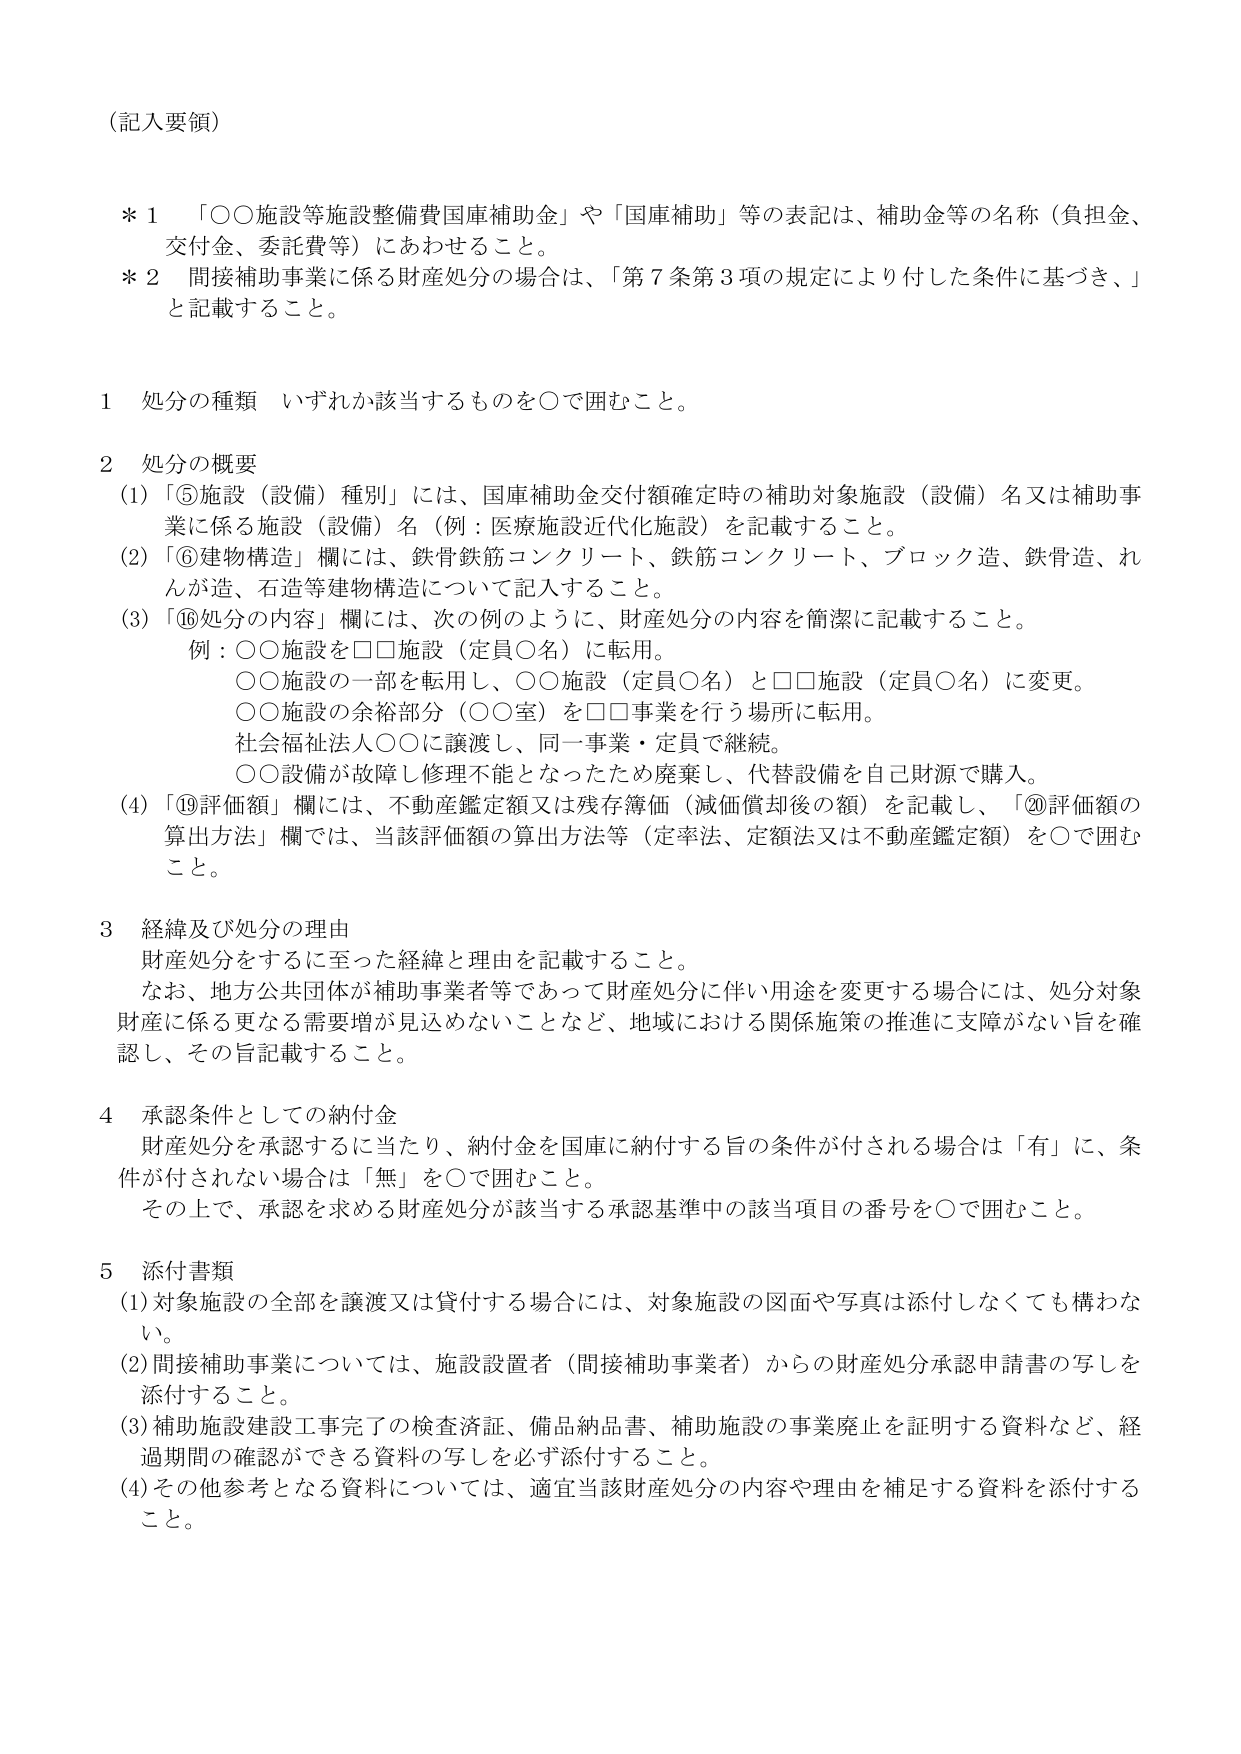
（記入要領）

＊１　「○○施設等施設整備費国庫補助金」や「国庫補助」等の表記は、補助金等の名称（負担金、交付金、委託費等）にあわせること。

＊２　間接補助事業に係る財産処分の場合は、「第７条第３項の規定により付した条件に基づき、」と記載すること。

１　処分の種類　いずれか該当するものを○で囲むこと。

２　処分の概要
　(1)「⑤施設（設備）種別」には、国庫補助金交付額確定時の補助対象施設（設備）名又は補助事業に係る施設（設備）名（例：医療施設近代化施設）を記載すること。
　(2)「⑥建物構造」欄には、鉄骨鉄筋コンクリート、鉄筋コンクリート、ブロック造、鉄骨造、れんが造、石造等建物構造について記入すること。
　(3)「⑯処分の内容」欄には、次の例のように、財産処分の内容を簡潔に記載すること。
　　　例：○○施設を□□施設（定員○名）に転用。
　　　　　○○施設の一部を転用し、○○施設（定員○名）と□□施設（定員○名）に変更。
　　　　　○○施設の余裕部分（○○室）を□□事業を行う場所に転用。
　　　　　社会福祉法人○○に譲渡し、同一事業・定員で継続。
　　　　　○○設備が故障し修理不能となったため廃棄し、代替設備を自己財源で購入。
　(4)「⑲評価額」欄には、不動産鑑定額又は残存簿価（減価償却後の額）を記載し、「⑳評価額の算出方法」欄では、当該評価額の算出方法等（定率法、定額法又は不動産鑑定額）を○で囲むこと。

３　経緯及び処分の理由
　財産処分をするに至った経緯と理由を記載すること。
　なお、地方公共団体が補助事業者等であって財産処分に伴い用途を変更する場合には、処分対象財産に係る更なる需要増が見込めないことなど、地域における関係施策の推進に支障がない旨を確認し、その旨記載すること。

４　承認条件としての納付金
　財産処分を承認するに当たり、納付金を国庫に納付する旨の条件が付される場合は「有」に、条件が付されない場合は「無」を○で囲むこと。
　その上で、承認を求める財産処分が該当する承認基準中の該当項目の番号を○で囲むこと。

５　添付書類
　(1)対象施設の全部を譲渡又は貸付する場合には、対象施設の図面や写真は添付しなくても構わない。
　(2)間接補助事業については、施設設置者（間接補助事業者）からの財産処分承認申請書の写しを添付すること。
　(3)補助施設建設工事完了の検査済証、備品納品書、補助施設の事業廃止を証明する資料など、経過期間の確認ができる資料の写しを必ず添付すること。
　(4)その他参考となる資料については、適宜当該財産処分の内容や理由を補足する資料を添付すること。